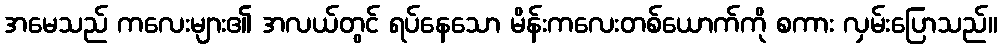
အမေသည် ကလေးများ၏ အလယ်တွင် ရပ်နေသော မိန်းကလေးတစ်ယောက်ကို စကား လှမ်းပြောသည်။